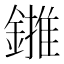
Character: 𨫻